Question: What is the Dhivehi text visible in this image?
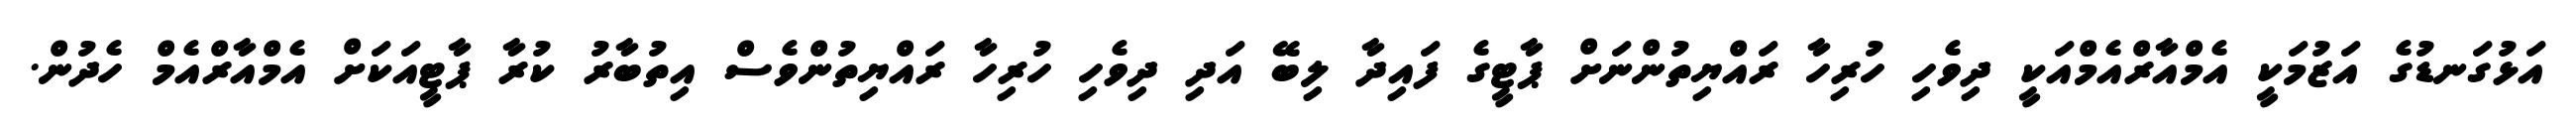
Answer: އަޅުގަނޑުގެ އަޒުމަކީ އެމްއާރްއެމްއަކީ ދިވެހި ހުރިހާ ރައްޔިތުންނަށް ޕާޓީގެ ފައިދާ ލިބޭ އަދި ދިވެހި ހުރިހާ ރައްޔިތުންވެސް އިތުބާރު ކުރާ ޕާޓީއަކަށް އެމްއާރްއެމް ހެދުން.